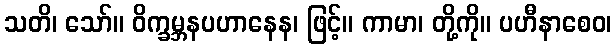
သတိ၊ သော်။ ဝိက္ခမ္ဘနပဟာနေန၊ ဖြင့်။ ကာမာ၊ တို့ကို။ ပဟီနာစေဝ၊